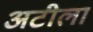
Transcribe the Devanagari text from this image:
अटीला